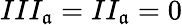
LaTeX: III_{\mathfrak{a}}=II_{\mathfrak{a}}=0